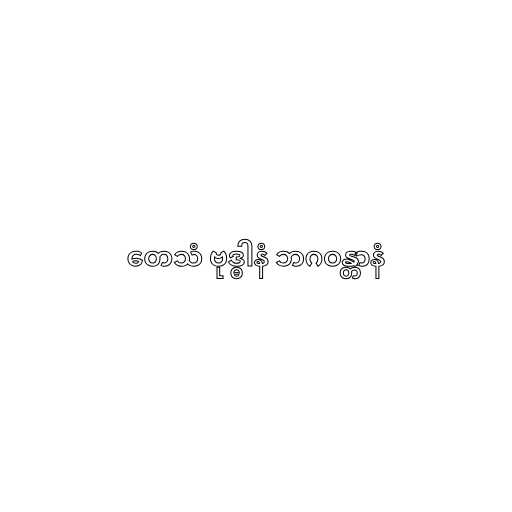
တေသံ ဗုဒ္ဓါနံ ဘဂဝန္တာနံ